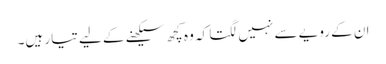
ان کے رویے سے نہیں لگتا کہ وہ کچھ سیکھنے کے لیے تیار ہیں۔